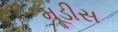
મૂડીસ